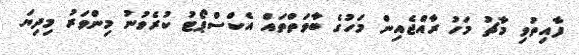
ފާއިތުވި މާޗު މަހު ރާއްޖެއިން މަހުގެ ބާވަތްތައް އެކްސްޕޯޓު ކުރެވުނު މިންވަރު މިދިޔަ